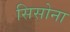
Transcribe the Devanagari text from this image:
सिसोना